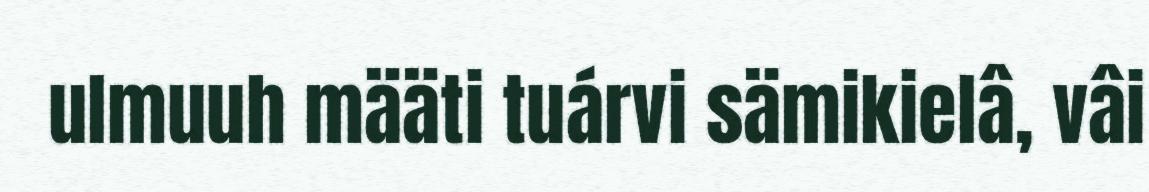
ulmuuh määti tuárvi sämikielâ, vâi